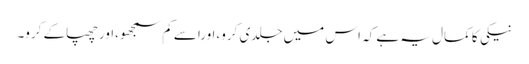
نیکی کا کمال یہ ہے کہ اس میں جلدی کرو،اوراسے کم سمجھو،اورچھپاکے کرو۔